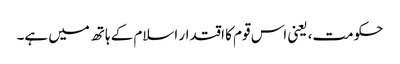
حکومت، یعنی اس قوم کا اقتدار اسلام کے ہاتھ میں ہے۔